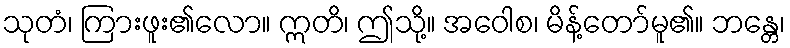
သုတံ၊ ကြားဖူး၏လော။ ဣတိ၊ ဤသို့။ အဝေါစ၊ မိန့်တော်မူ၏။ ဘန္တေ၊